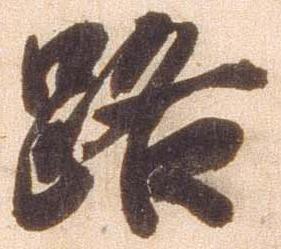
路